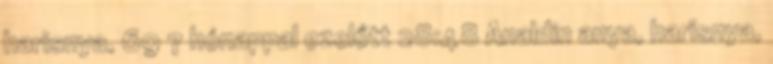
harisnya, 69 7 hónappal ezelőtt 28:48 Analdin anya, harisnya,